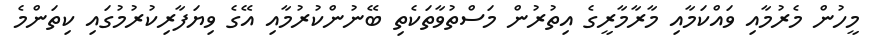
މީހުން މެރުމާއި ވައްކަމާއި މާރާމާރީގެ އިތުރުން މަސްތުވާތަކެތި ބޭނުންކުރުމާއި އޭގެ ވިޔަފާރިކުރުމުގައި ކިތަންމެ